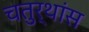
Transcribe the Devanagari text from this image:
चतुर्थांस